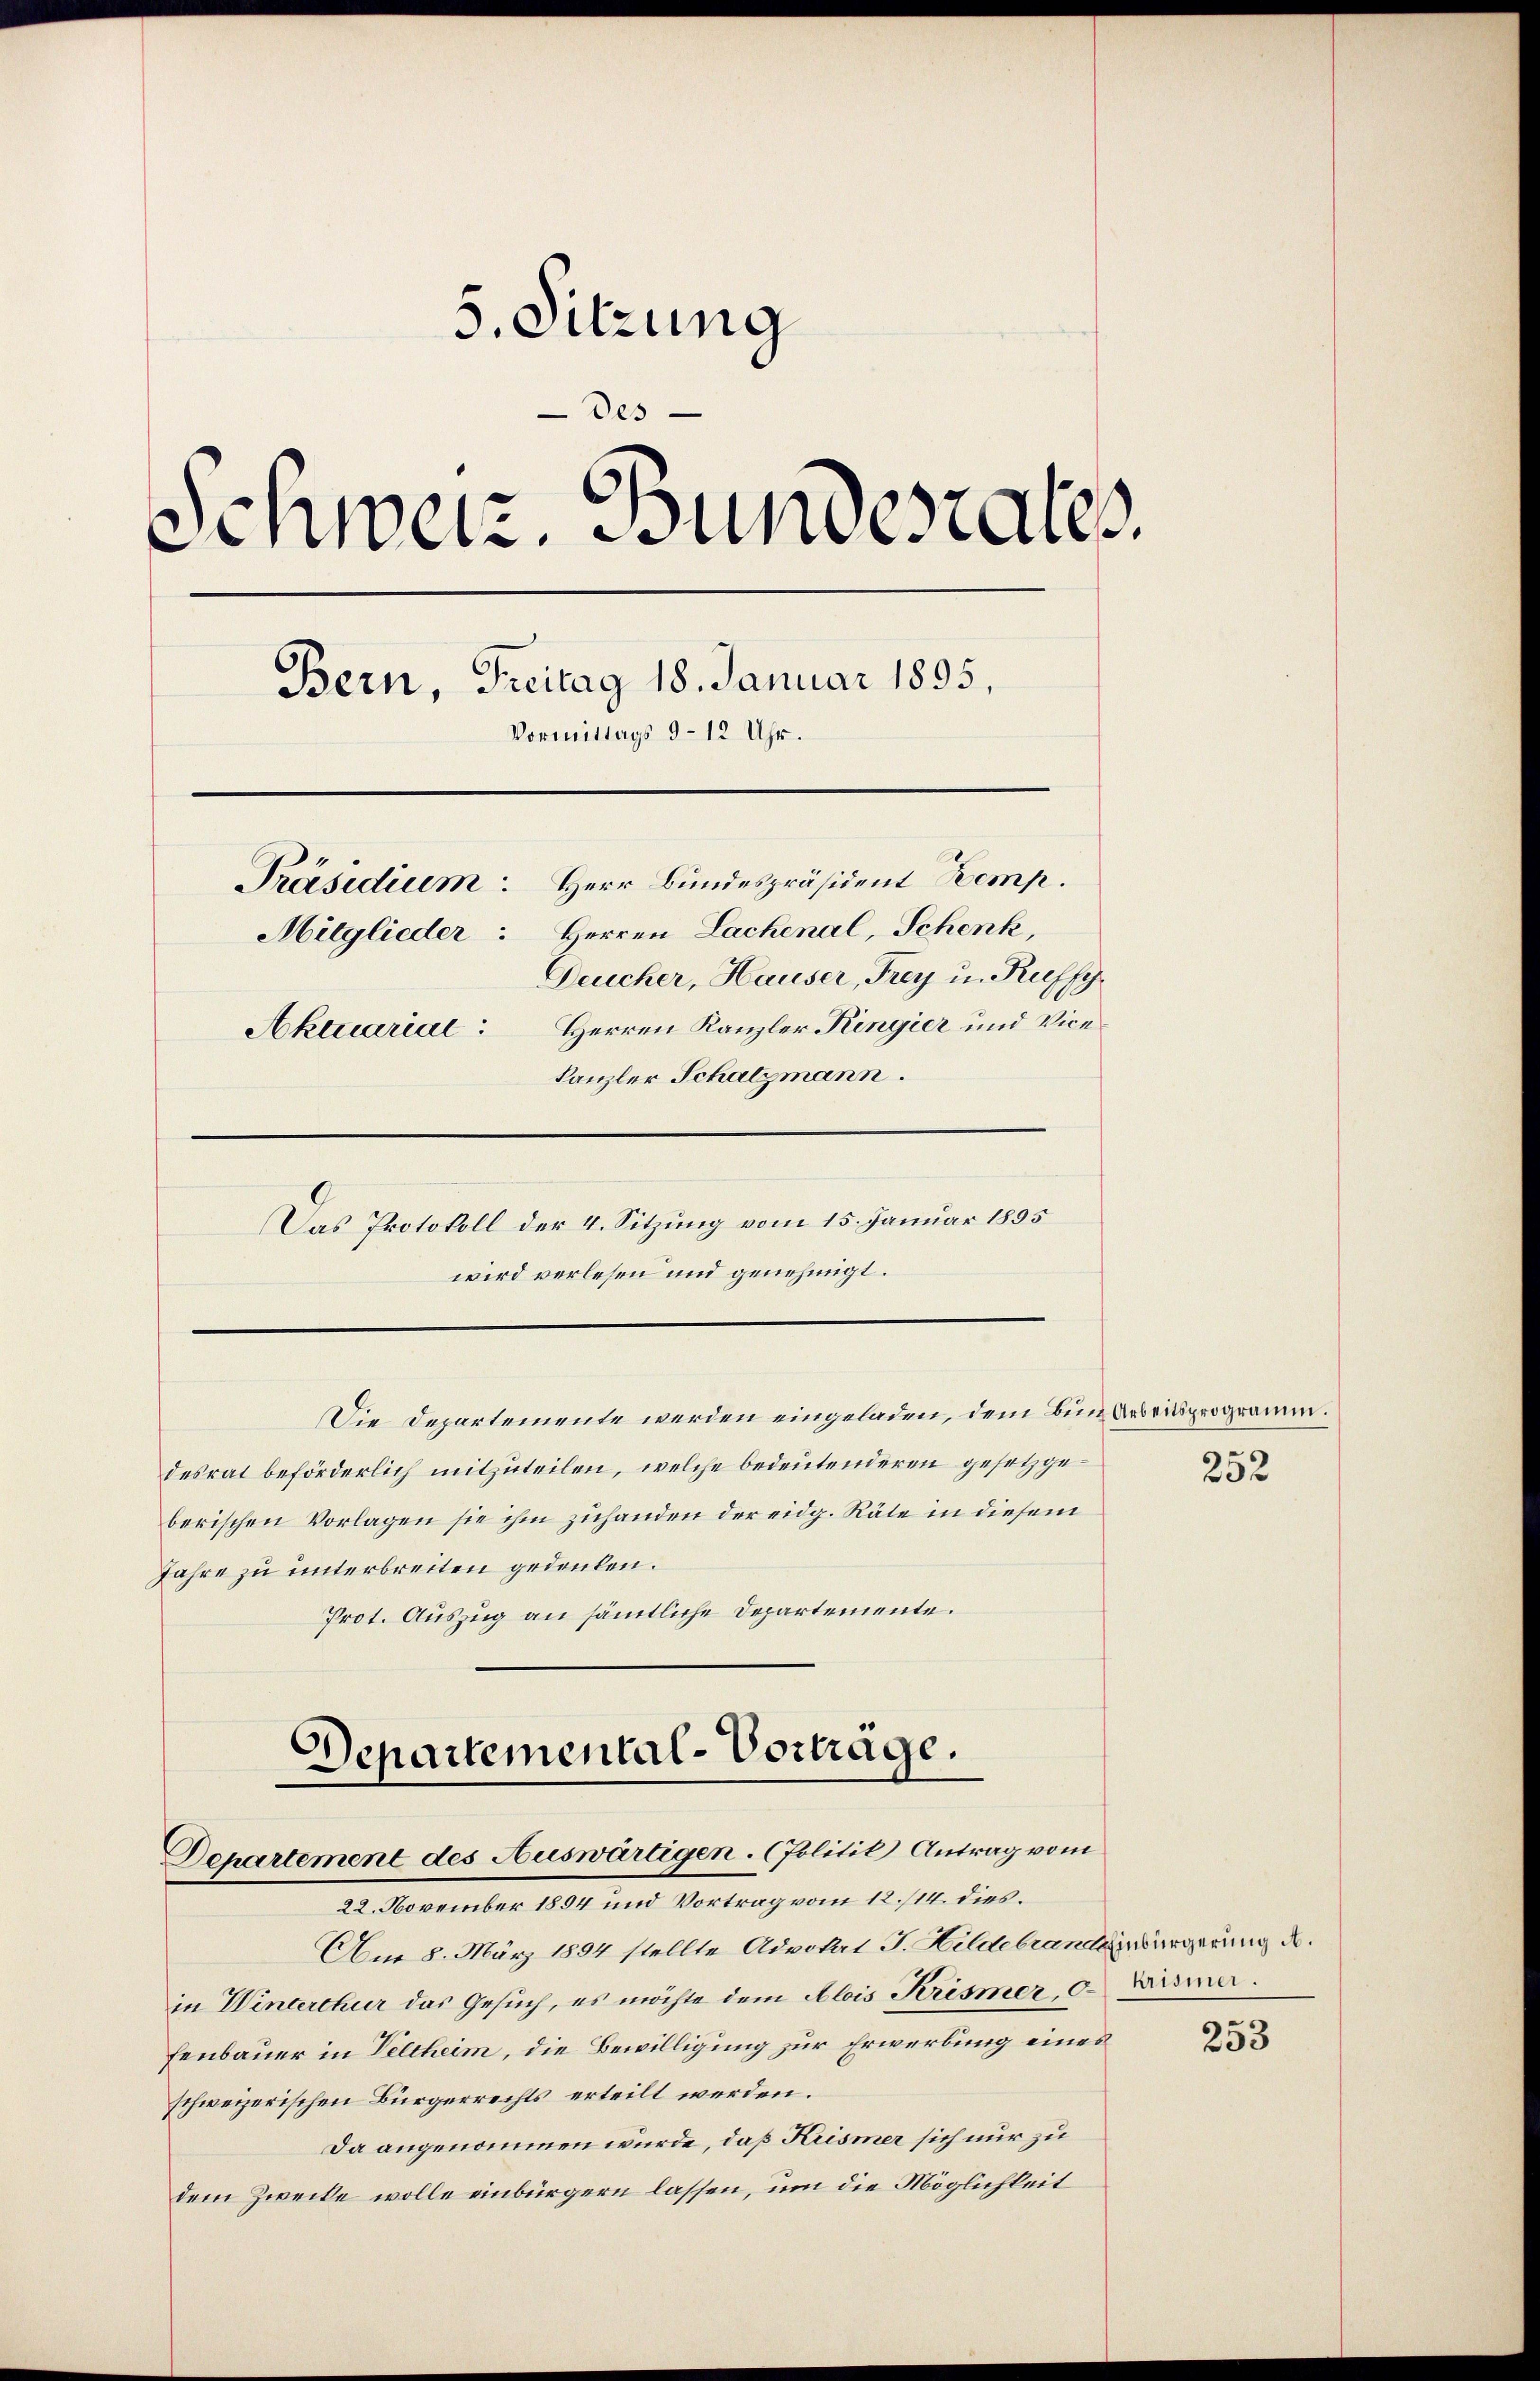
5. Sitzung
Des
Schweiz. Bundesrates.
Bern, Freitag 18. Januar 1895.
Vormittags 9–12 Uhr.
Präsidium. Herr Bundespräsident Kemp
Mitglieder: Herren Lachenal, Schenk,
Deucher, Hauser, Frey u. Kuffy.
Aktuarial Herren Kanzler Kingier und Vicekanzler Schatzmann.
Das Protokoll der 4. Sitzung vom 15. Januar 1895
wird verlesen und genehmigt.

Die Departemente werden eingeladen, dem Bun Arbeitsprogramm.

Departemental-Vortrage.
Departement des Auswärtigen. (Politik Antrag vom
22. November 1894 und Vortrag vom 12./14. dies¬

desrat beförderlich mitzuteilen, welche bedeutenderen gesetzge
berischen Vorlagen sie ihm zuhanden der eidg. Räte in diesem
Jahre zu unterbreiten gedeuten.
Prot. Auszug an sämtliche Departemente.

Am 8. März 1894 stellte Advokat J. Hildebrandsgebürgerung d.
in Winterthur das Gesuch, es möchte dem Alois Krismer, der Wismerfenbauer in Veltheim, die Bewilligung zur Erwerbung eines
schweizerischen Bürgerrechts erteilt werden.
Da angenommen wurde, daß Krismer sich nur zu
dem Zwecke wolle einbürgern lassen, um die Möglichkeit

252

253